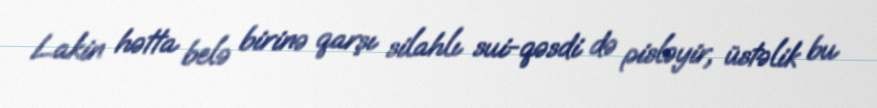
Lakin hətta belə birinə qarşı silahlı sui-qəsdi də pisləyir, üstəlik bu